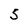
Character: 5